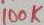
Text: 100K